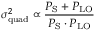
\sigma _ { \mathrm { q u a d } } ^ { 2 } \propto \frac { P _ { \mathrm { S } } + P _ { \mathrm { L O } } } { P _ { \mathrm { S } } \cdot P _ { \mathrm { L O } } }